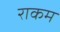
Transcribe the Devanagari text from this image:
राकम